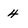
Character: 4